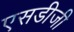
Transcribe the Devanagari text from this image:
एसडीजी